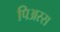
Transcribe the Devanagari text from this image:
पिअस्स